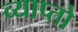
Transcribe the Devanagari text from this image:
व्याप्तो